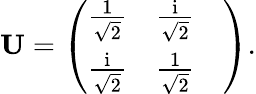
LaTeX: \textbf{U}=\left(\begin{array}{lll}{\frac{1}{\sqrt{2}}}&{\frac{\mathrm{i}}{\sqrt{2}}}&{}\\ {\frac{\mathrm{i}}{\sqrt{2}}}&{\frac{1}{\sqrt{2}}}&{}\end{array}\right).